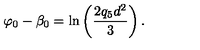
\varphi _ { 0 } - \beta _ { 0 } = \ln \left( \frac { 2 q _ { 5 } d ^ { 2 } } { 3 } \right) .